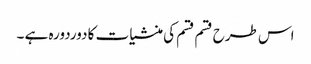
اس طرح قسم قسم کی منشیات کا دوردورہ ہے ۔